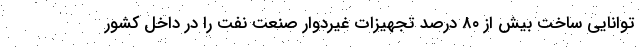
توانایی ساخت بیش از ۸۰ درصد تجهیزات غیردوار صنعت نفت را در داخل کشور